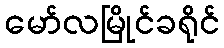
မော်လမြိုင်ခရိုင်